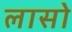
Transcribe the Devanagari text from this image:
लासो